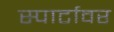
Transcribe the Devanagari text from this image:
स्पार्टावर